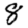
Digit: 8